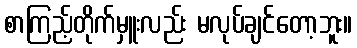
စာကြည့်တိုက်မှူးလည်း မလုပ်ချင်တော့ဘူး။